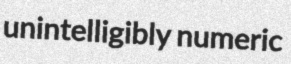
unintelligibly numeric